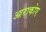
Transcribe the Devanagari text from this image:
आराकोए